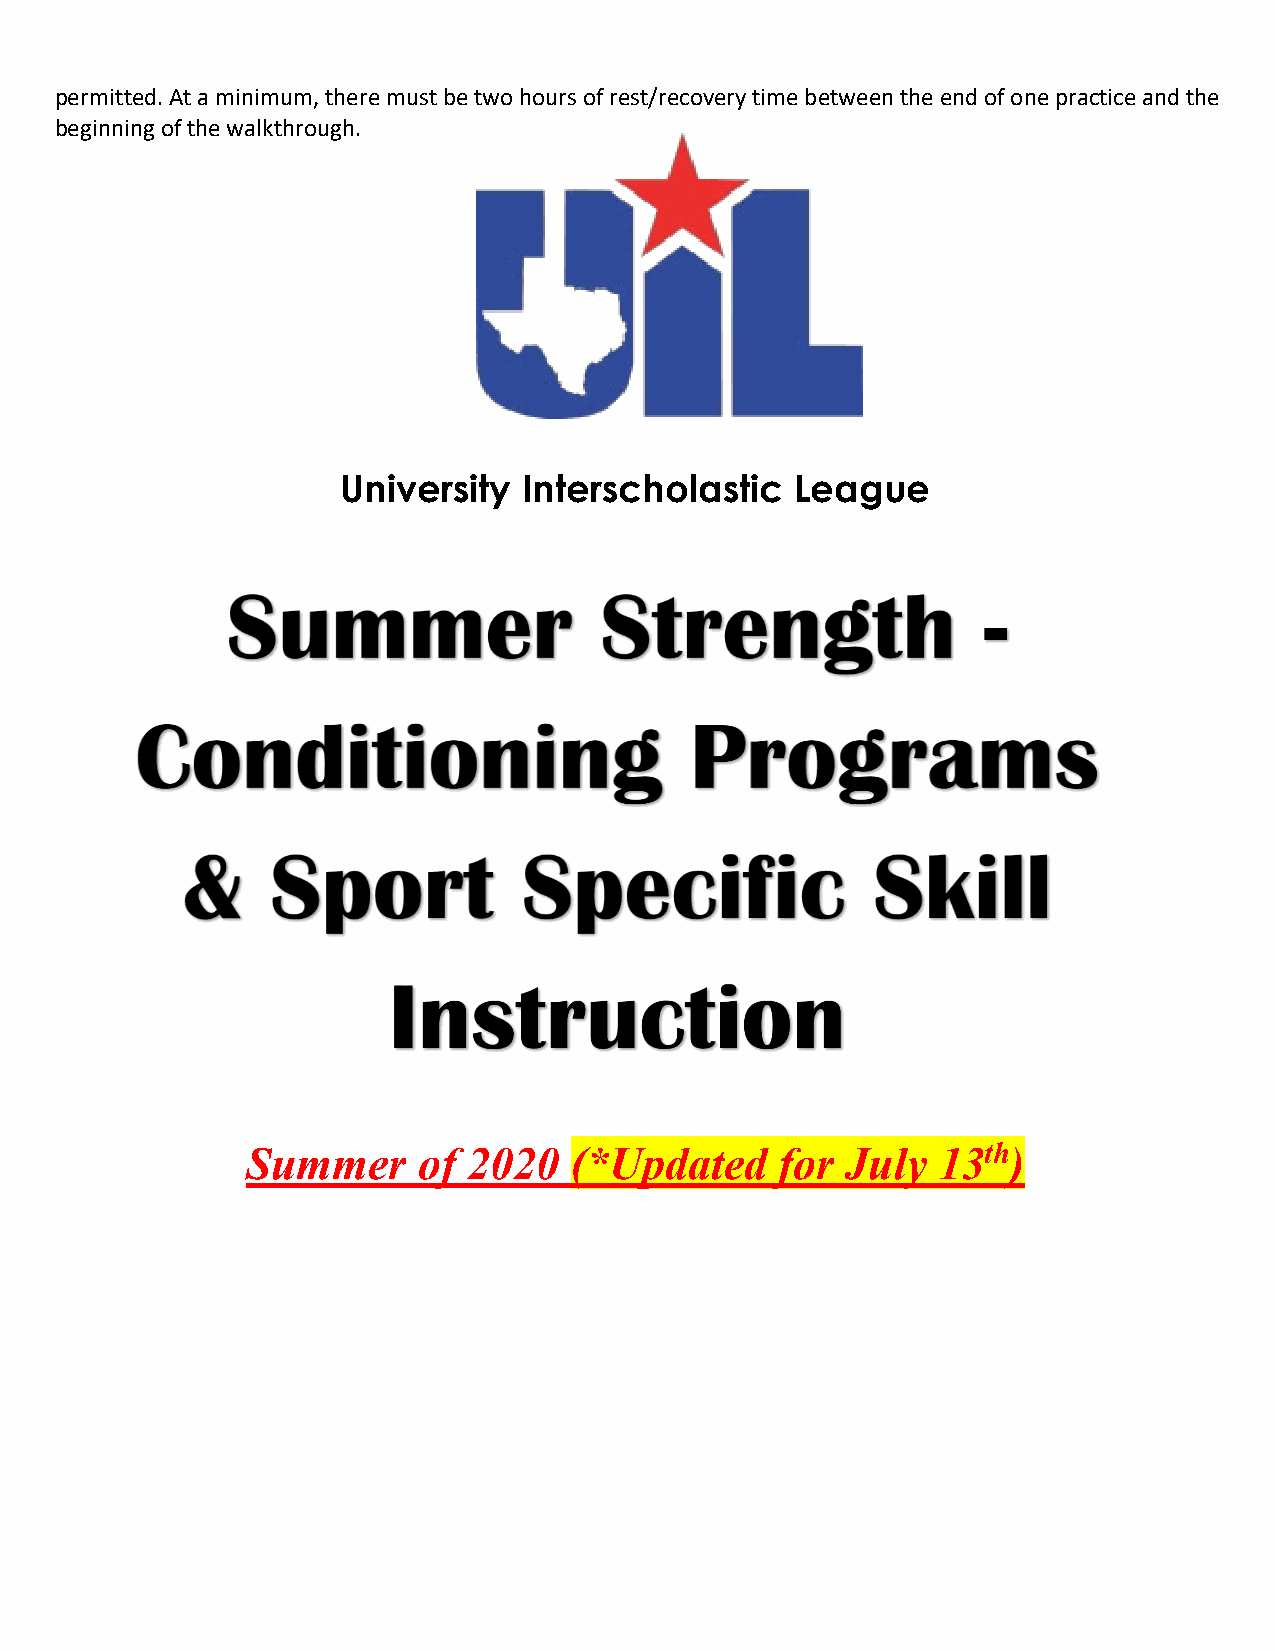
permitted. At a minimum, there must be two hours of rest/recovery time between the end of one practice and the
 beginning of the walkthrough.
 University  Interscholastic   League
 Summer      of 2020   (*Updated     for July  13th)